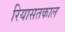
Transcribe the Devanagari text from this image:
रियासतकाल